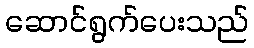
ဆောင်ရွက်ပေးသည်